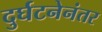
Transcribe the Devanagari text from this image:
दुर्घटनेनंतर